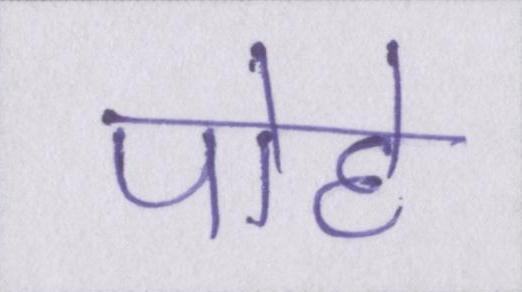
पोहे